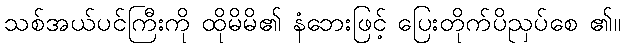
သစ်အယ်ပင်ကြီးကို ထိုမိမိ၏ နံဘေးဖြင့် ပြေးတိုက်ပိညှပ်စေ ၏။